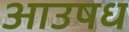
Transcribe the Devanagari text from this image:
आउषध